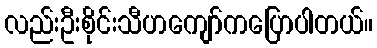
လည်းဦးစိုင်းသီဟကျော်ကပြောပါတယ်။